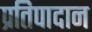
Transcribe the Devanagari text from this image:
प्रतिपादान